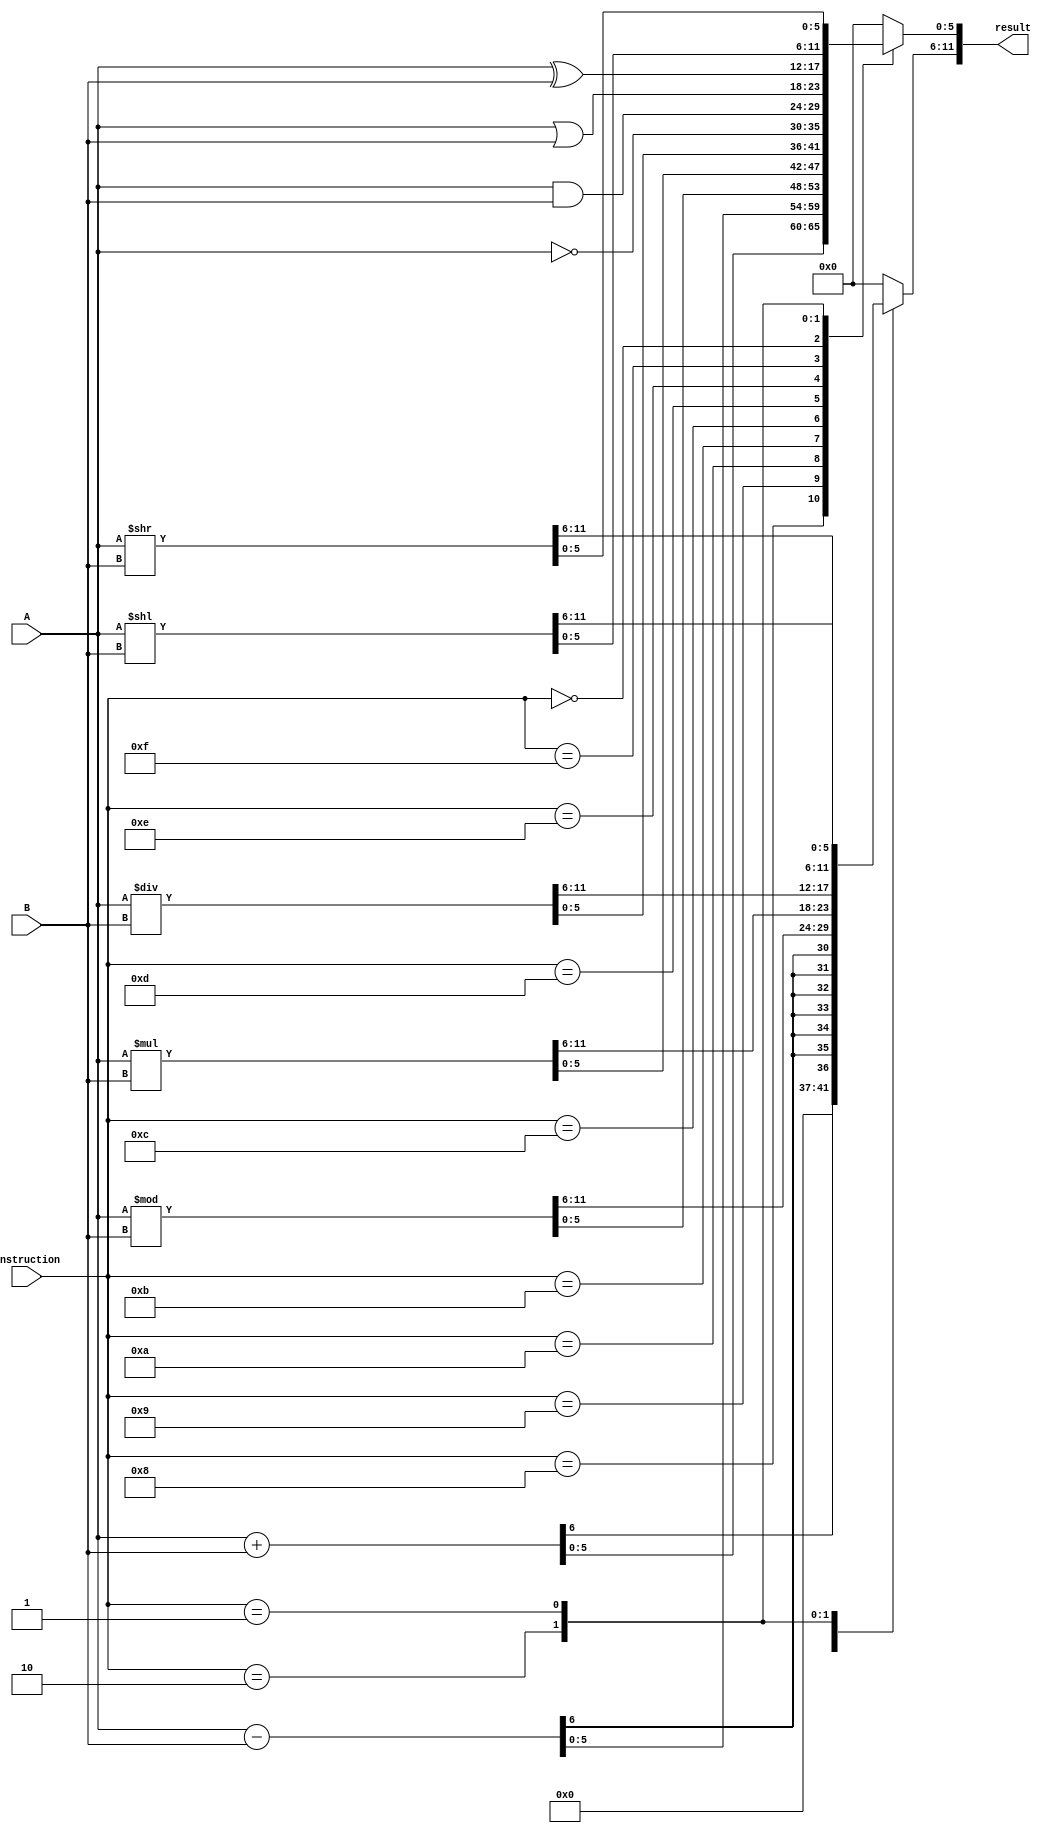
module alu_combinational(
    input [3:0] instruction,
    input [5:0] A,
    input [5:0] B,
    output [11:0] result
    );
    
    reg [11:0] result_reg;
    assign result = result_reg;

    localparam ADD = 4'b1000;
    localparam SUBTRACT = 4'b1001;
    localparam MODULUS = 4'b1010;
    localparam MULTIPLY = 4'b1011;
    localparam DIVIDE = 4'b1100;
    localparam NOT = 4'b1101;
    localparam AND = 4'b1110;
    localparam OR = 4'b1111;
    localparam XOR = 4'b0000;
    localparam SHIFT_LEFT = 4'b0010;
    localparam SHIFT_RIGHT = 4'b0001;
    
    always @(A or B or instruction) begin
        case(instruction) 
            ADD: begin
                result_reg = A + B;
            end
            SUBTRACT: begin
                result_reg = A - B;
            end
            MODULUS: begin
                result_reg = A % B;
            end 
            MULTIPLY: begin
                result_reg = A * B;
            end
            DIVIDE: begin
                result_reg = A / B;
            end
            NOT: begin
                result_reg [5:0] = ~A;
                result_reg [11:6] = 6'b000000;
            end
            AND: begin
                result_reg [5:0] = A & B;
                result_reg [11:6] = 6'b000000;
            end
            OR: begin
                result_reg [5:0] = A | B;
                result_reg [11:6] = 6'b000000;
            end
            XOR: begin
                result_reg [5:0] = A ^ B;
                result_reg [11:6] = 6'b000000;
            end
            SHIFT_LEFT: begin
                result_reg = A << B;
            end
            SHIFT_RIGHT: begin
                result_reg = A >> B;
            end
            default: begin
                result_reg [5:0] = 6'b0;
                result_reg [11:6] = 6'b0;
            end
            
            
            
            
            
        endcase
    end
    
endmodule